Vaccination United Provinces of Agra and Oudh 1902-1913 - 1902-1913
Year: 1902
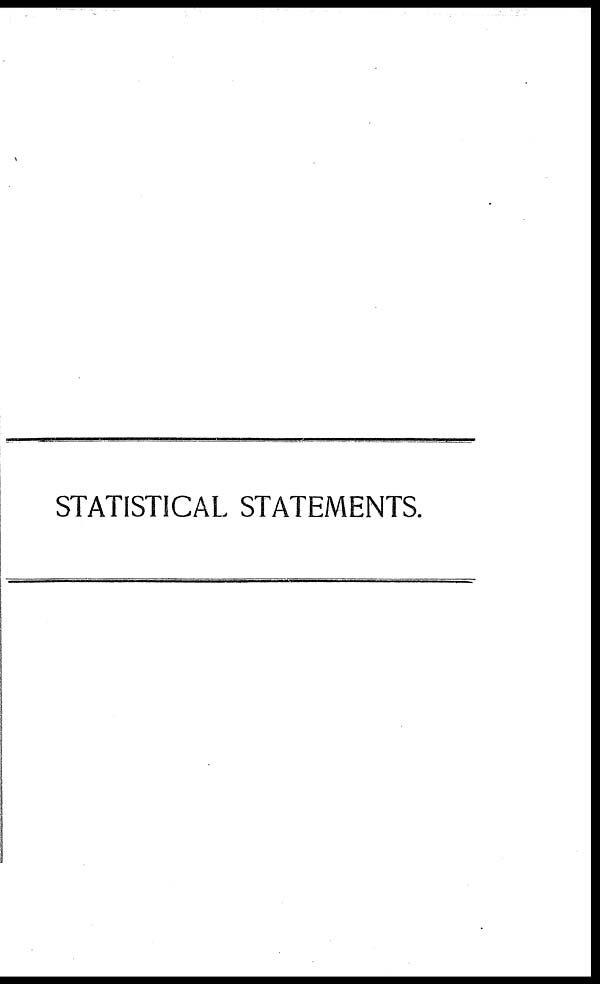
STATISTICAL STATEMENTS.